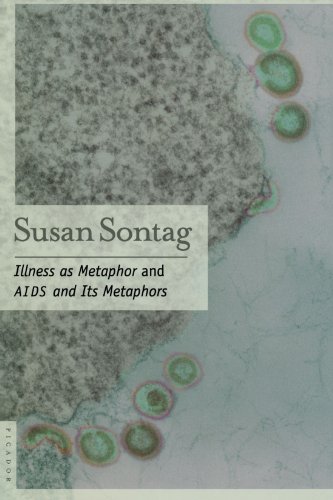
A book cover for Illness as Metaphor and AIDS and Its Metaphors; Susan Sontag; Health, Fitness & Dieting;